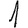
Digit: 1